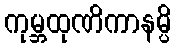
ကုမ္ဘထုဏိကာနမ္ပိ